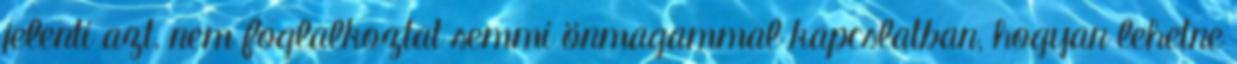
jelenti azt, nem foglalkoztat semmi önmagammal kapcslatban, hogyan lehetne